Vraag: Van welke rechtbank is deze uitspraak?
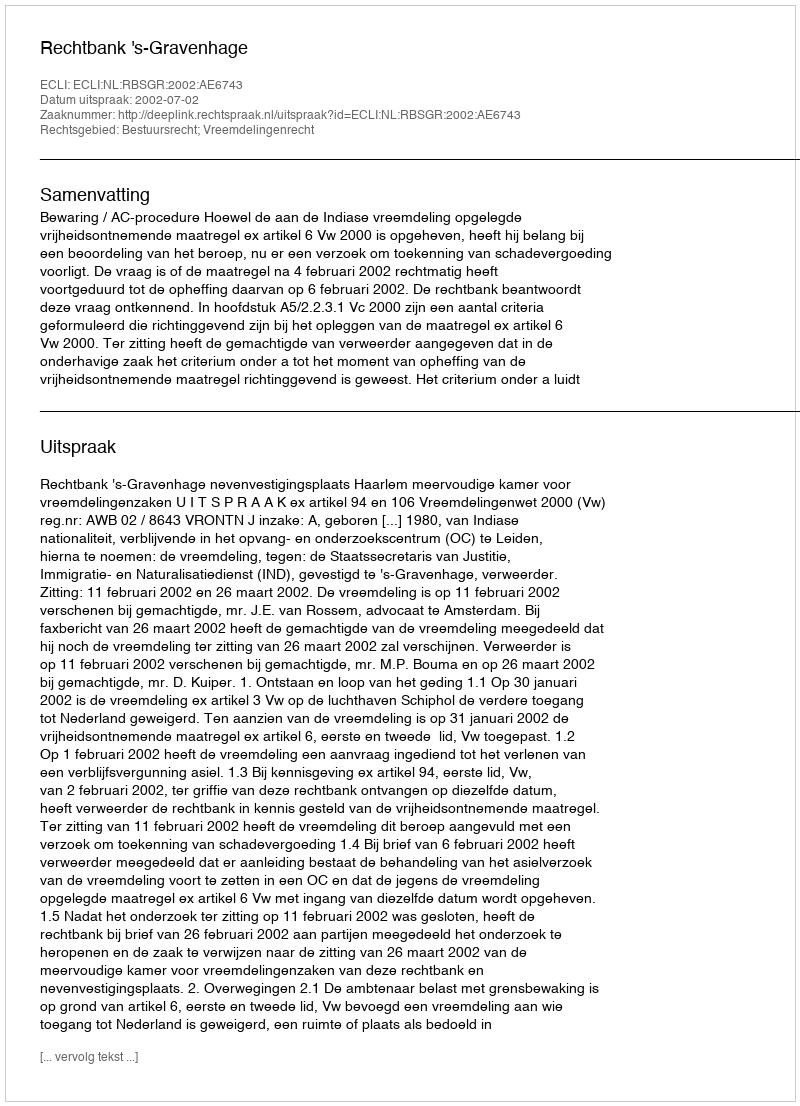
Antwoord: Rechtbank 's-Gravenhage